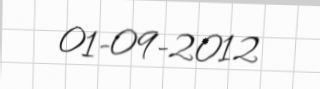
01-09-2012